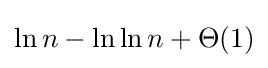
\ln {n}-\ln {\ln {n}}+\Theta (1)